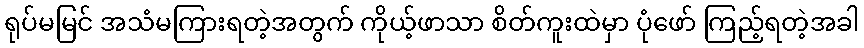
ရုပ်မမြင် အသံမကြားရတဲ့အတွက် ကိုယ့်ဖာသာ စိတ်ကူးထဲမှာ ပုံဖော် ကြည့်ရတဲ့အခါ